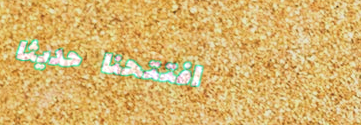
افتتحنا حديثاً